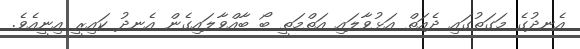
އެނދުގެ މަގަތުގައި ދެއަތް އަޅުވާލައި އަތްމަތީ ބޯ ބާއްވާލައިގެން އެނދު ކައިރީ އިނީއެވެ.